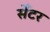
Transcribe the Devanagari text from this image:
सेँटर